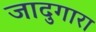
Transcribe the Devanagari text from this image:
जादुगारा